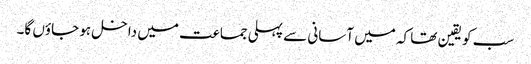
سب کو یقین تھا کہ میں آسانی سے پہلی جماعت میں داخل ہو جاؤں گا۔